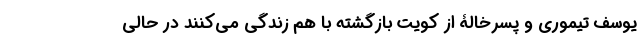
یوسف تیموری و پسرخالۀ از کویت بازگشته با هم زندگی می‌کنند در حالی